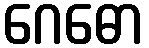
ဂေဓော